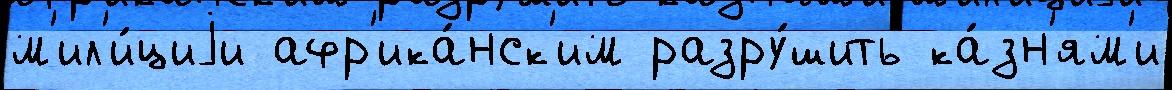
м'ил'и́циjи афр'ика́нск'им разру́шить ка́зн'ям'и